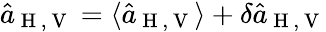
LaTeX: \hat{a}_{\mathrm{~H~,~V~}}=\langle\hat{a}_{\mathrm{~H~,~V~}}\rangle+\delta\hat{a}_{\mathrm{~H~,~V~}}